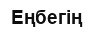
Еңбегің